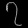
Digit: ၇